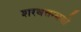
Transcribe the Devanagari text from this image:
शरवत्तन्मयो